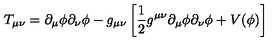
T _ { \mu \nu } = \partial _ { \mu } \phi \partial _ { \nu } \phi - g _ { \mu \nu } \left[ { \frac { 1 } { 2 } } g ^ { \mu \nu } \partial _ { \mu } \phi \partial _ { \nu } \phi + V ( \phi ) \right]